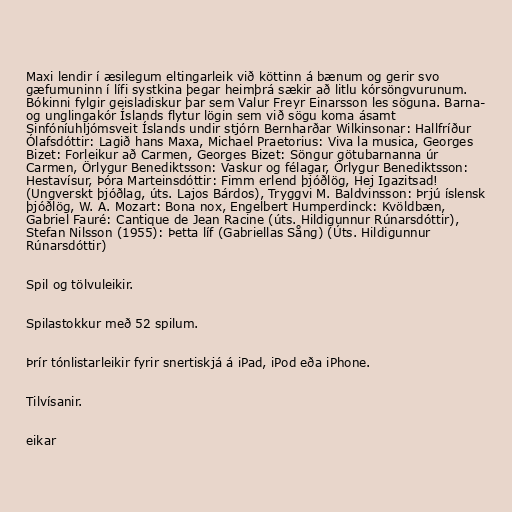
Maxi lendir í æsilegum eltingarleik við köttinn á bænum og gerir svo
gæfumuninn í lífi systkina þegar heimþrá sækir að litlu kórsöngvurunum.
Bókinni fylgir geisladiskur þar sem Valur Freyr Einarsson les söguna. Barna-
og unglingakór Íslands flytur lögin sem við sögu koma ásamt
Sinfóníuhljómsveit Íslands undir stjórn Bernharðar Wilkinsonar: Hallfríður
Ólafsdóttir: Lagið hans Maxa, Michael Praetorius: Viva la musica, Georges
Bizet: Forleikur að Carmen, Georges Bizet: Söngur götubarnanna úr
Carmen, Örlygur Benediktsson: Vaskur og félagar, Örlygur Benediktsson:
Hestavísur, Þóra Marteinsdóttir: Fimm erlend þjóðlög, Hej Igazitsad!
(Ungverskt þjóðlag, úts. Lajos Bárdos), Tryggvi M. Baldvinsson: Þrjú íslensk
þjóðlög, W. A. Mozart: Bona nox, Engelbert Humperdinck: Kvöldbæn,
Gabriel Fauré: Cantique de Jean Racine (úts. Hildigunnur Rúnarsdóttir),
Stefan Nilsson (1955): Þetta líf (Gabriellas Sång) (Úts. Hildigunnur
Rúnarsdóttir)

Spil og tölvuleikir.

Spilastokkur með 52 spilum.

Þrír tónlistarleikir fyrir snertiskjá á iPad, iPod eða iPhone.

Tilvísanir.

eikar